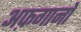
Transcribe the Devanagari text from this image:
अफ़गानो